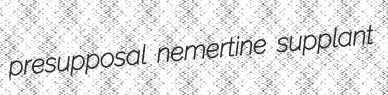
presupposal nemertine supplant